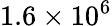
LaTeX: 1.6\times 10^{6}